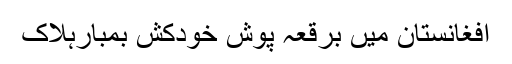
افغانستان میں برقعہ پوش خودکش بمبارہلاک